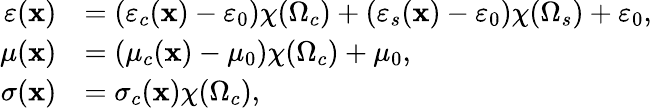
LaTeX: \begin{array}{rl}{\varepsilon(\mathbf{x})}&{=(\varepsilon_{c}(\mathbf{x})-\varepsilon_{0})\chi(\Omega_{c})+(\varepsilon_{s}(\mathbf{x})-\varepsilon_{0})\chi(\Omega_{s})+\varepsilon_{0},}\\ {\mu(\mathbf{x})}&{=(\mu_{c}(\mathbf{x})-\mu_{0})\chi(\Omega_{c})+\mu_{0},}\\ {\sigma(\mathbf{x})}&{=\sigma_{c}(\mathbf{x})\chi(\Omega_{c}),}\end{array}